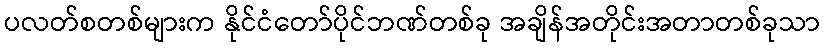
ပလတ်စတစ်များက နိုင်ငံတော်ပိုင်ဘဏ်တစ်ခု အချိန်အတိုင်းအတာတစ်ခုသာ